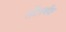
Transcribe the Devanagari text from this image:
सेंटरबॅक